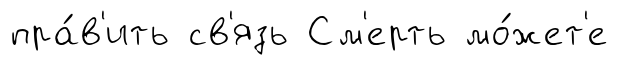
пра́в'ить св'язь См'ерть мо́жет'е